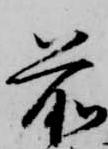
前